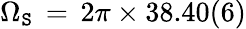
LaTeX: \Omega_{\mathtt{S}}\, =\, 2\pi\times38.40(6)